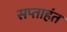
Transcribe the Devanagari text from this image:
सप्‍ताहंत